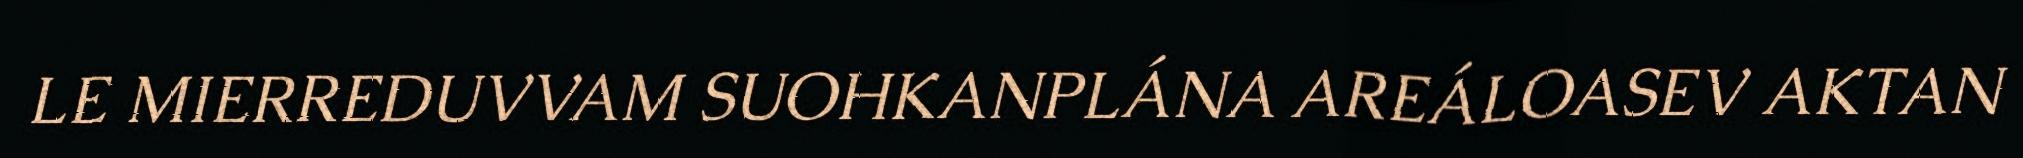
LE MIERREDUVVAM SUOHKANPLÁNA AREÁLOASEV AKTAN